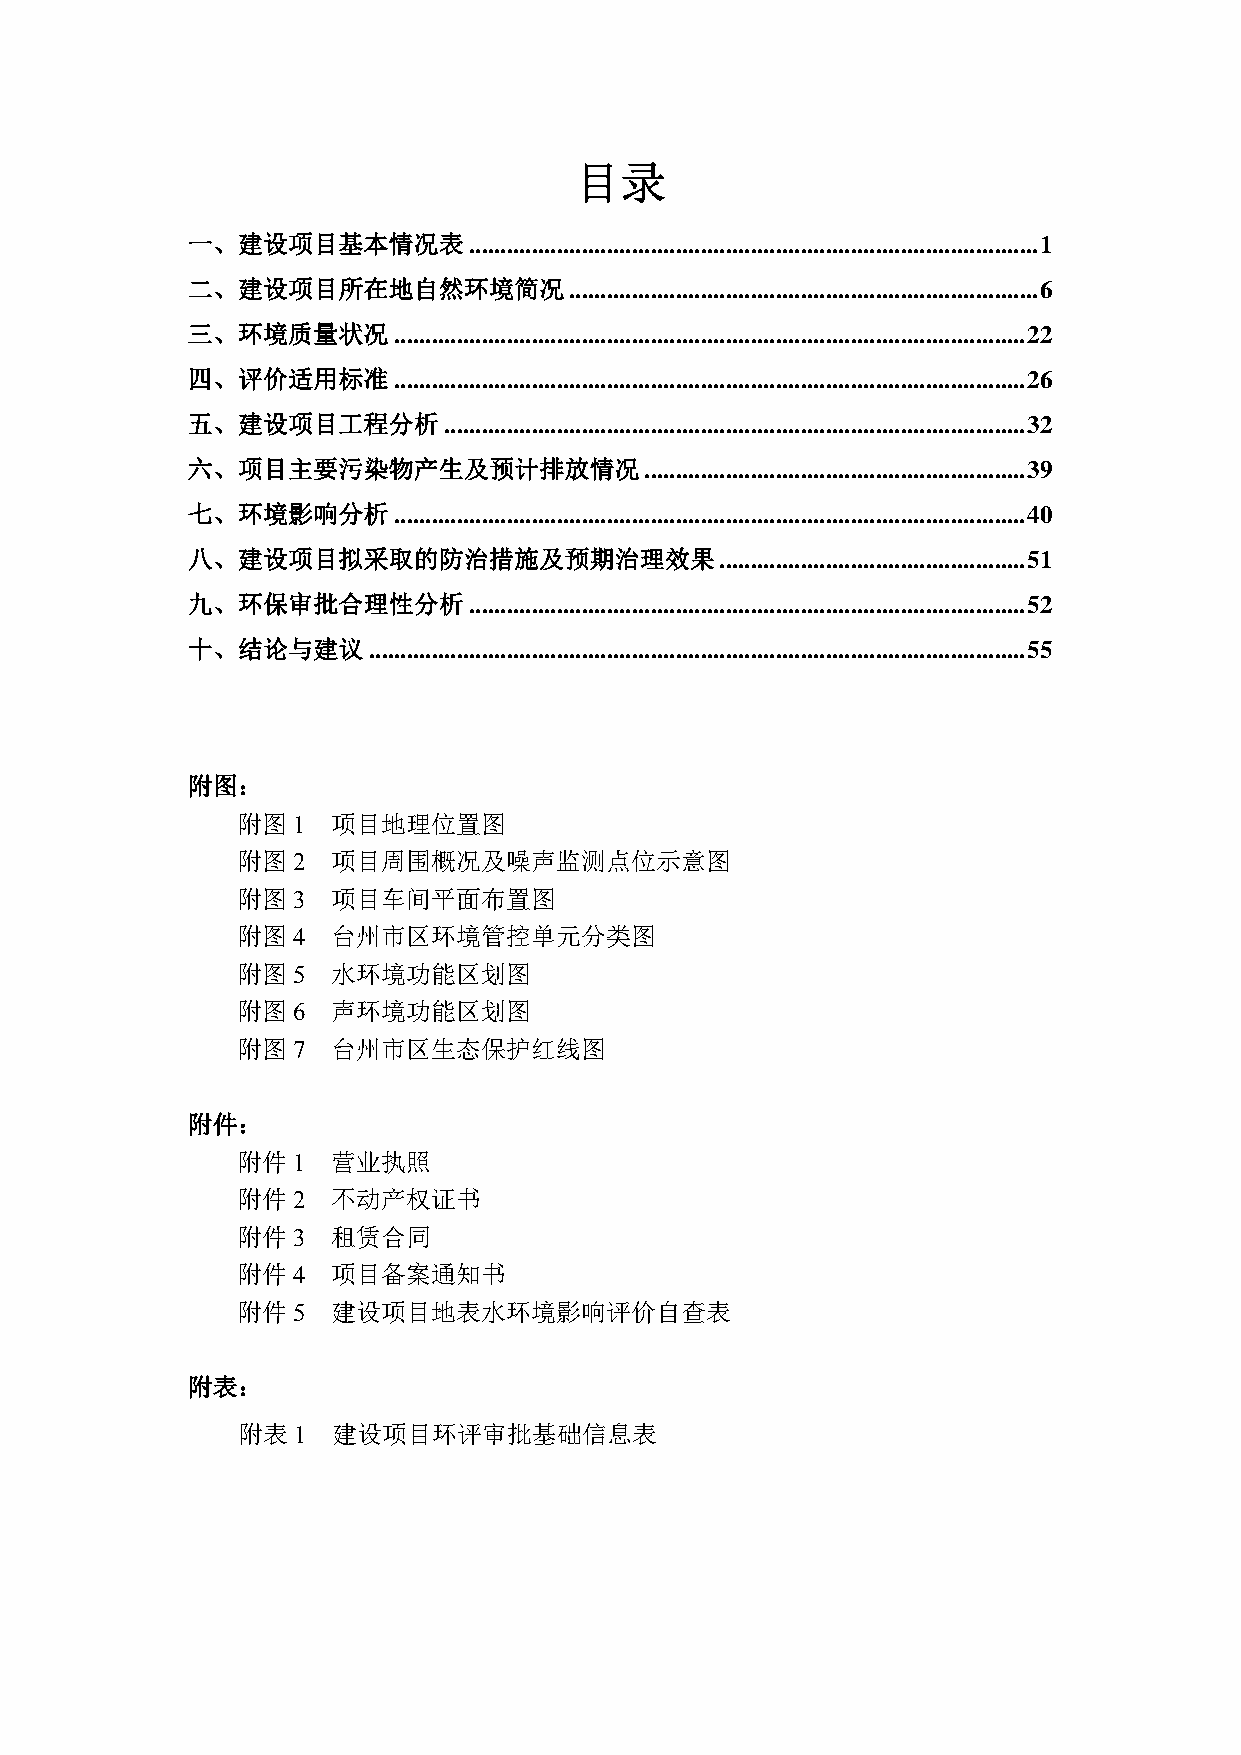
目录
 一、建设项目基本情况表        ........................................................................................... 1
 二、建设项目所在地自然环境简况           ........................................................................... 6
 三、环境质量状况      ..................................................................................................... 22
 四、评价适用标准      ..................................................................................................... 26
 五、建设项目工程分析       ............................................................................................. 32
 六、项目主要污染物产生及预计排放情况             ............................................................. 39
 七、环境影响分析      ..................................................................................................... 40
 八、建设项目拟采取的防治措施及预期治理效果               ................................................. 51
 九、环保审批合理性分析        ......................................................................................... 52
 十、结论与建议     ......................................................................................................... 55
 附图：
 附图1   项目地理位置图
 附图2   项目周围概况及噪声监测点位示意图
 附图3   项目车间平面布置图
 附图4   台州市区环境管控单元分类图
 附图5   水环境功能区划图
 附图6   声环境功能区划图
 附图7   台州市区生态保护红线图
 附件：
 附件1   营业执照
 附件2   不动产权证书
 附件3   租赁合同
 附件4   项目备案通知书
 附件5   建设项目地表水环境影响评价自查表
 附表：
 附表1   建设项目环评审批基础信息表